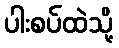
ပါးစပ်ထဲသို့